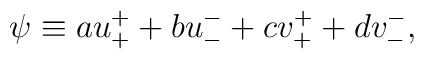
\psi \equiv a  u_{+}^{+} + b u_{-}^{-} + c  v_{+}^{+} + d v_{-}^{-},